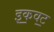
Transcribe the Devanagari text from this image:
इक॒वट॒